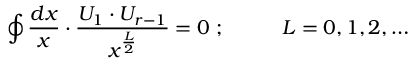
\oint \frac { d x } { x } \cdot \frac { U _ { 1 } \cdot U _ { r - 1 } } { x ^ { \frac { L } { 2 } } } = 0 \; ; \; \; \; \; \; \; \; \; \; \; L = 0 , 1 , 2 , \ldots